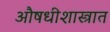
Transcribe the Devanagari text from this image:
औषधीशास्त्रात